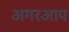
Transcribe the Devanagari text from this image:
अगरआप